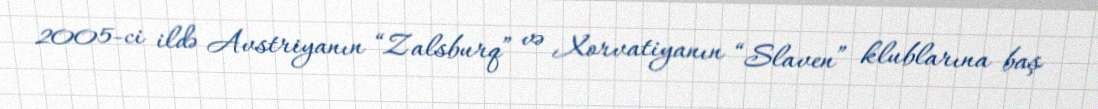
2005-ci ildə Avstriyanın “Zalsburq” və Xorvatiyanın “Slaven” klublarına baş